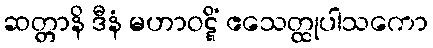
ဆတ္တာနိ ဒီနံ မဟာဝဋ္ဋိံ ဧသေတ္ထုပါသကော